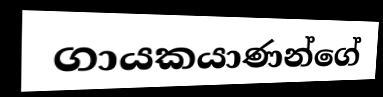
ගායකයාණන්ගේ